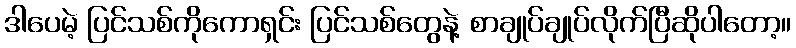
ဒါပေမဲ့ ပြင်သစ်ကိုကောရှင်း ပြင်သစ်တွေနဲ့ စာချုပ်ချုပ်လိုက်ပြီဆိုပါတော့။